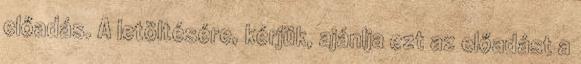
előadás. A letöltésére, kérjük, ajánlja ezt az előadást a